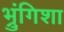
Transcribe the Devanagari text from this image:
भ्रुंगिशा